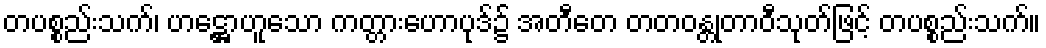
တပစ္စည်းသက်၊ ဟဋ္ဌောဟူသော ကတ္တားဟောပုဒ်၌ အတီတေ တတဝန္တုတာဝီသုတ်ဖြင့် တပစ္စည်းသက်။